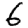
Digit: 6